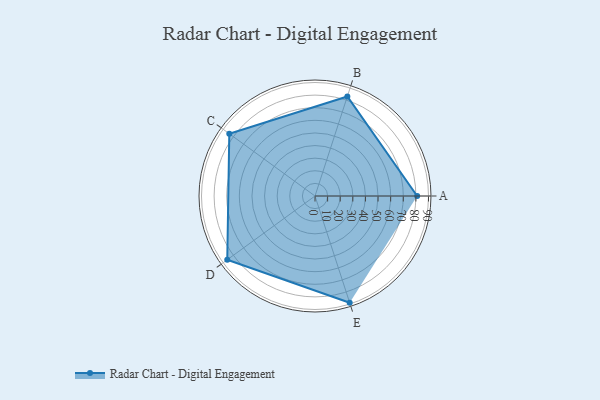
{"axis": {"x": "Skill", "y": "Score"}, "legend": ["Profile"], "data": [{"x": "A", "y": 81.0, "type": "Profile"}, {"x": "B", "y": 83.0, "type": "Profile"}, {"x": "C", "y": 84.0, "type": "Profile"}, {"x": "D", "y": 86.0, "type": "Profile"}, {"x": "E", "y": 89.0, "type": "Profile"}]}